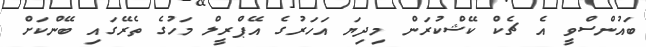
ބައުންސްވީ އެ ޗެކް ކޭޝްކުރަން މިދިޔަ އަހަރުގެ އޭޕްރީލް މަހުގެ ތެރޭގައި ބޭންކަށް